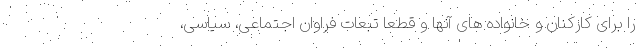
را برای کارکنان و خانواده های آنها و قطعا تبعات فراوان اجتماعی، سیاسی،